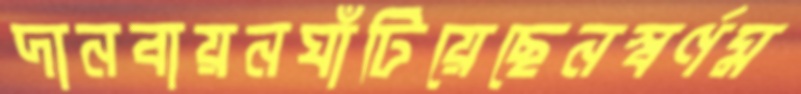
দানবায়নঘাঁটিয়েছেনস্বর্ণম